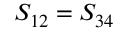
S _ { 1 2 } = S _ { 3 4 }